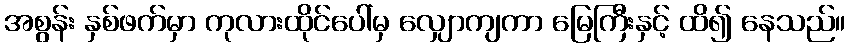
အစွန်း နှစ်ဖက်မှာ ကုလားထိုင်ပေါ်မှ လျှောကျကာ မြေကြီးနှင့် ထိ၍ နေသည်။